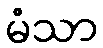
မံသာ